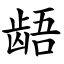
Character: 龉